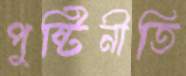
পুষ্টিনীতি